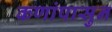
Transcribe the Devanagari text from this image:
कणांपासुन